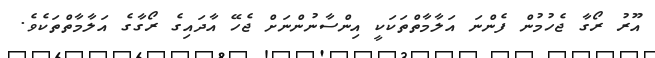
އޫރު ރޯގާ ޖެހުމުން ފެންނަ އަލާމާތްތަކަކީ އިންސާނުންނަށް ޖެހޭ އާދައިގެ ރޯގާގެ އަލާމާތްތަކެވެ.